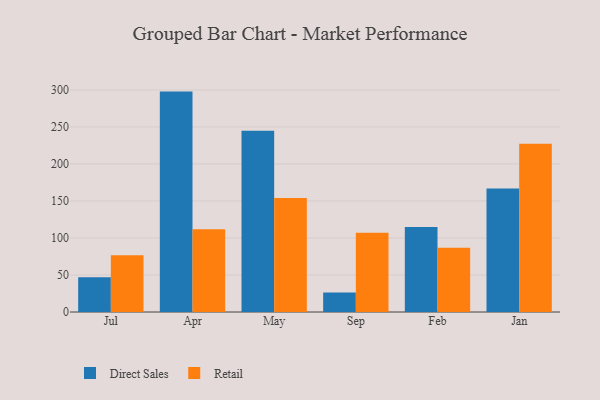
{"axis": {"x": "Month", "y": "Shipments"}, "legend": ["Direct Sales", "Retail"], "data": [{"x": "Jul", "y": 47.0, "type": "Direct Sales"}, {"x": "Jul", "y": 76.5, "type": "Retail"}, {"x": "Apr", "y": 297.7, "type": "Direct Sales"}, {"x": "Apr", "y": 111.7, "type": "Retail"}, {"x": "May", "y": 244.8, "type": "Direct Sales"}, {"x": "May", "y": 154.1, "type": "Retail"}, {"x": "Sep", "y": 26.3, "type": "Direct Sales"}, {"x": "Sep", "y": 106.9, "type": "Retail"}, {"x": "Feb", "y": 114.8, "type": "Direct Sales"}, {"x": "Feb", "y": 86.8, "type": "Retail"}, {"x": "Jan", "y": 166.8, "type": "Direct Sales"}, {"x": "Jan", "y": 227.4, "type": "Retail"}]}